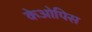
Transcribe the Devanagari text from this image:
केओपिस